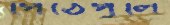
পিঠেপুলি